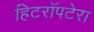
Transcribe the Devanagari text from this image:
हिटरॉपटेरा